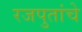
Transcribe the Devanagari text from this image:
रजपुतांचे